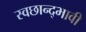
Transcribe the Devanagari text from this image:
स्वछान्द्भावी